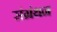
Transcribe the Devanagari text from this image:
संग्रंथन